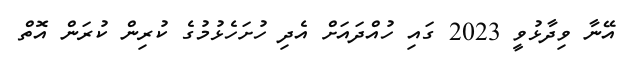
އޭނާ ވިދާޅުވީ 2023 ގައި ހުއްދައަށް އެދި ހުށަހެޅުމުގެ ކުރިން ކުރަން އޮތް